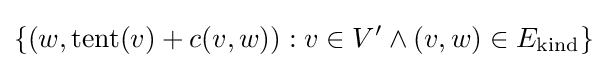
\{(w,\operatorname {tent} (v)+c(v,w)):v\in V'\land (v,w)\in E_{\text{kind}}\}